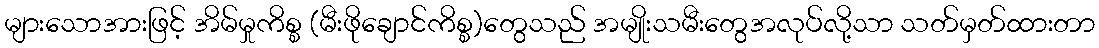
များသောအားဖြင့် အိမ်မှုကိစ္စ (မီးဖိုချောင်ကိစ္စ)တွေသည် အမျိုးသမီးတွေအလုပ်လို့သာ သတ်မှတ်ထားတာ